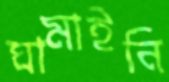
ঘামাইনি